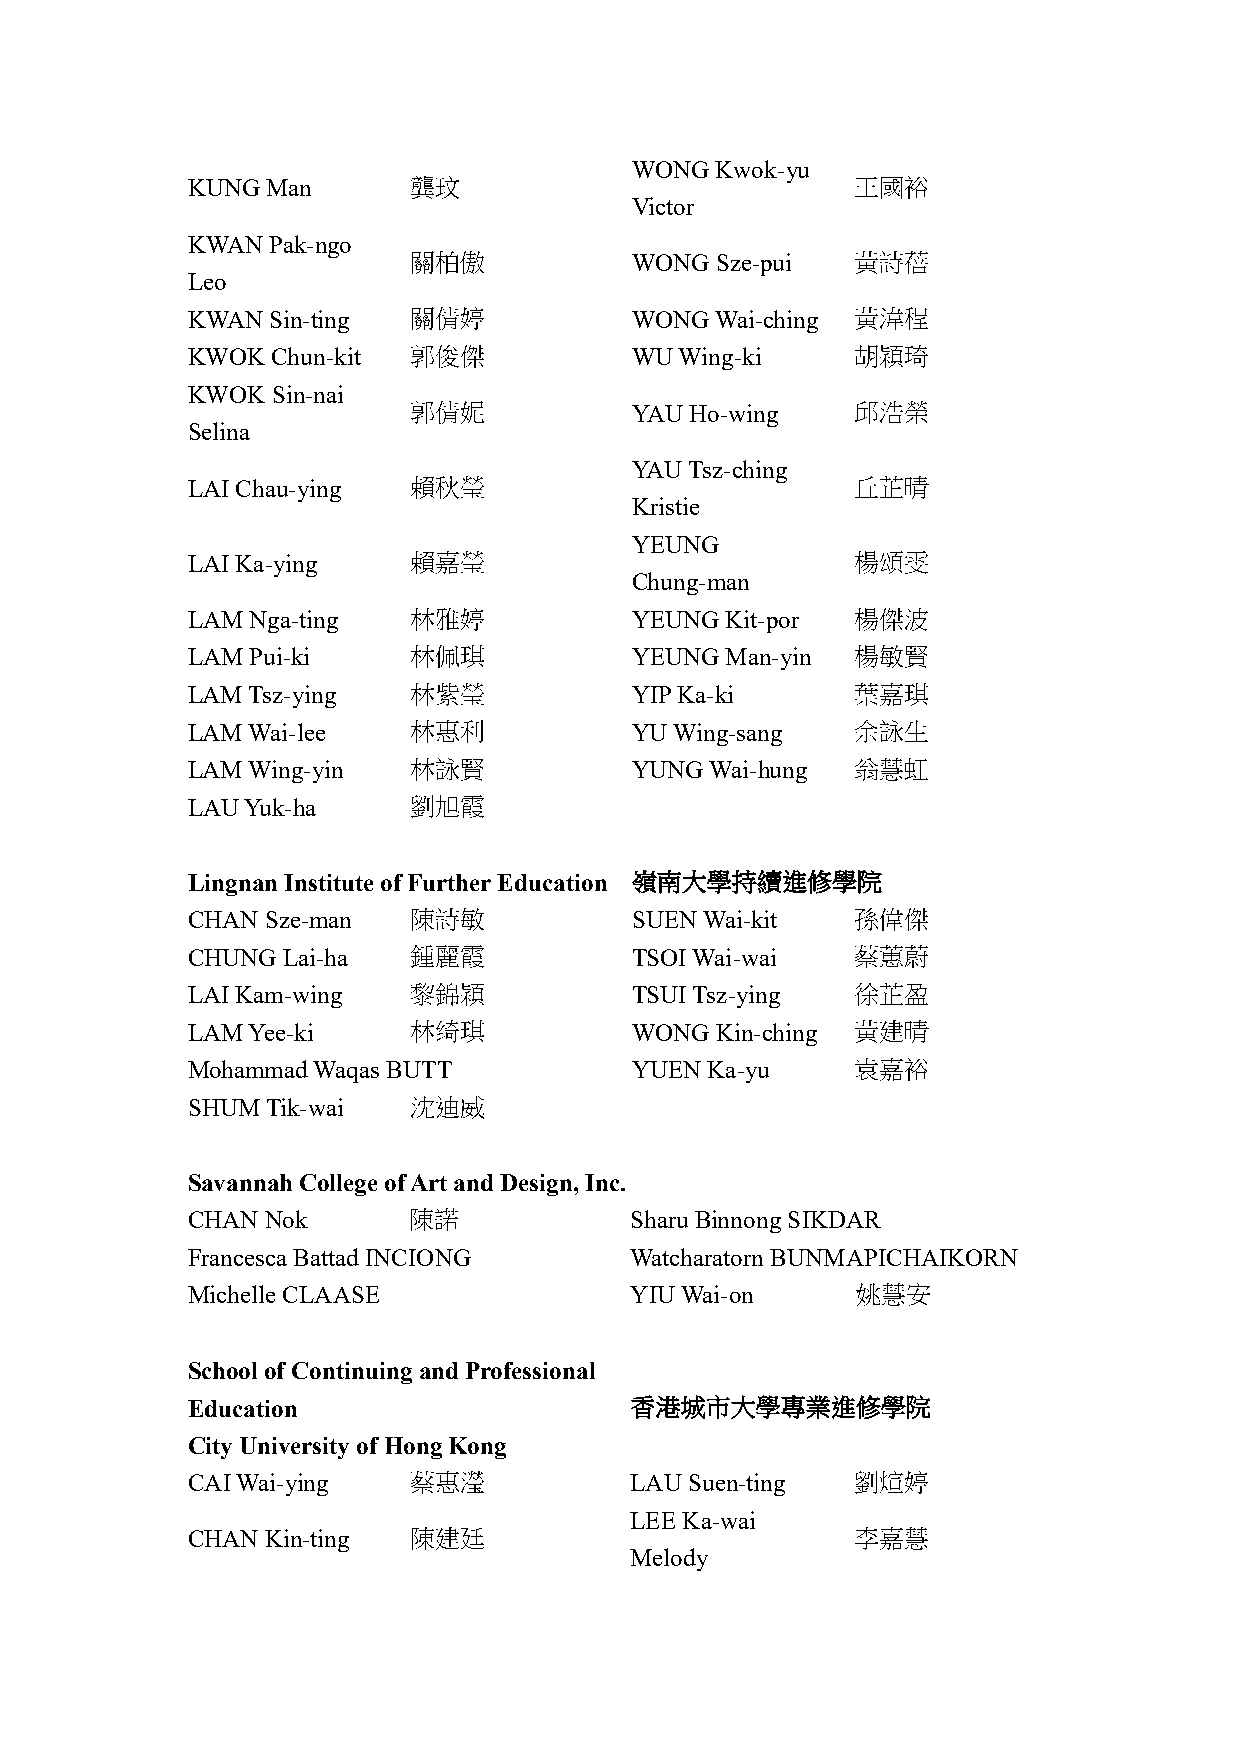
WONG Kwok-yu
 KUNG  Man      龔玟                            王國裕
 Victor
 KWAN  Pak-ngo
 關柏傲            WONG Sze-pui   黃詩蓓
 Leo
 KWAN  Sin-ting 關倩婷            WONG Wai-ching 黃湋程
 KWOK  Chun-kit 郭俊傑            WU Wing-ki     胡穎琦
 KWOK  Sin-nai
 郭倩妮            YAU Ho-wing    邱浩榮
 Selina
 YAU Tsz-ching
 LAI Chau-ying  賴秋瑩                           丘芷晴
 Kristie
 YEUNG
 LAI Ka-ying    賴嘉瑩                           楊頌雯
 Chung-man
 LAM Nga-ting   林雅婷            YEUNG Kit-por  楊傑波
 LAM Pui-ki     林佩琪            YEUNG Man-yin  楊敏賢
 LAM Tsz-ying   林紫瑩            YIP Ka-ki      葉嘉琪
 LAM Wai-lee    林惠利            YU Wing-sang   余詠生
 LAM Wing-yin   林詠賢            YUNG Wai-hung  翁慧虹
 LAU Yuk-ha     劉旭霞
 Lingnan Institute of Further Education 嶺南大學持續進修學院
 CHAN  Sze-man  陳詩敏            SUEN Wai-kit   孫偉傑
 CHUNG  Lai-ha  鍾麗霞            TSOI Wai-wai   蔡蕙蔚
 LAI Kam-wing   黎錦穎            TSUI Tsz-ying  徐芷盈
 LAM Yee-ki     林绮琪            WONG Kin-ching 黃建晴
 Mohammad Waqas BUTT           YUEN Ka-yu     袁嘉裕
 SHUM  Tik-wai  沈迪威
 Savannah College of Art and Design, Inc.
 CHAN  Nok      陳諾             Sharu Binnong SIKDAR
 Francesca Battad INCIONG      Watcharatorn BUNMAPICHAIKORN
 Michelle CLAASE               YIU Wai-on     姚慧安
 School of Continuing and Professional
 Education                     香港城市大學專業進修學院
 City University of Hong Kong
 CAI Wai-ying   蔡惠瀅            LAU Suen-ting  劉煊婷
 LEE Ka-wai
 CHAN  Kin-ting 陳建廷                           李嘉慧
 Melody